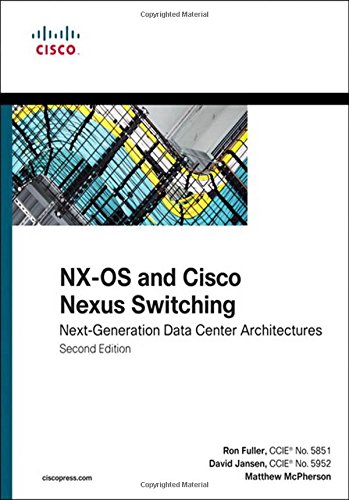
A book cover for NX-OS and Cisco Nexus Switching: Next-Generation Data Center Architectures (2nd Edition) (Networking Technology); Ron Fuller; Engineering & Transportation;